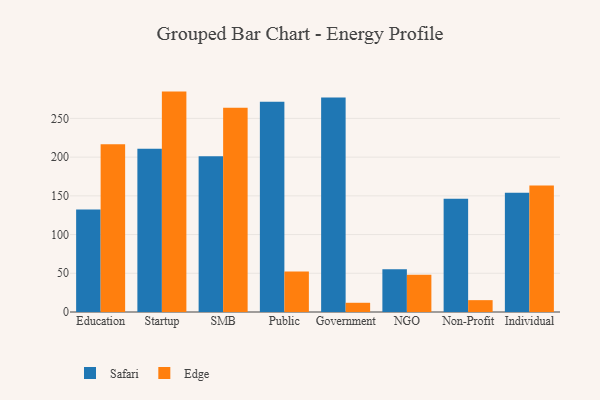
{"axis": {"x": "Segment", "y": "Conversion Rate (%)"}, "legend": ["Edge", "Safari"], "data": [{"x": "Education", "y": 132.3, "type": "Safari"}, {"x": "Education", "y": 216.5, "type": "Edge"}, {"x": "Startup", "y": 210.8, "type": "Safari"}, {"x": "Startup", "y": 284.6, "type": "Edge"}, {"x": "SMB", "y": 201.2, "type": "Safari"}, {"x": "SMB", "y": 263.6, "type": "Edge"}, {"x": "Public", "y": 271.6, "type": "Safari"}, {"x": "Public", "y": 52.2, "type": "Edge"}, {"x": "Government", "y": 277.0, "type": "Safari"}, {"x": "Government", "y": 11.9, "type": "Edge"}, {"x": "NGO", "y": 55.2, "type": "Safari"}, {"x": "NGO", "y": 48.0, "type": "Edge"}, {"x": "Non-Profit", "y": 146.1, "type": "Safari"}, {"x": "Non-Profit", "y": 15.3, "type": "Edge"}, {"x": "Individual", "y": 154.1, "type": "Safari"}, {"x": "Individual", "y": 163.5, "type": "Edge"}]}